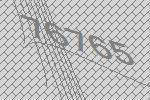
76765